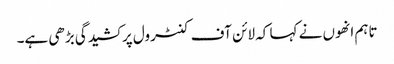
تاہم انھوں نے کہا کہ لائن آف کنٹرول پر کشیدگی بڑھی ہے۔